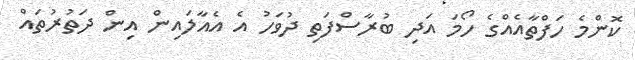
ކޮންމެ ހަފްތާއެއްގެ ހޯމަ އަދި ބުރާސްފަތި ދުވަހު އެ އެއާލައިން އިން ދަތުރުތައް